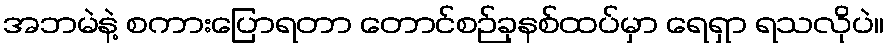
အဘမဲနဲ့ စကားပြောရတာ တောင်စဉ်ခုနစ်ထပ်မှာ ရေရှာ ရသလိုပဲ။